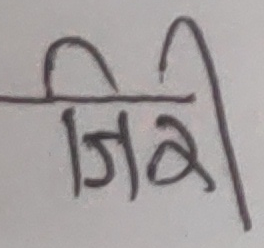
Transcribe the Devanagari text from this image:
जिरी